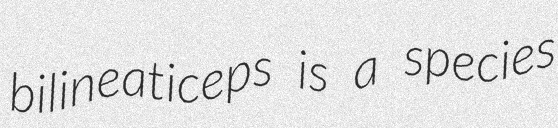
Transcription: bilineaticeps is a species